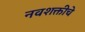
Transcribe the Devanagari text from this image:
नवशक्तीचे